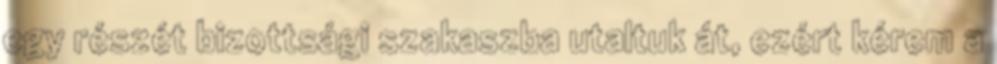
egy részét bizottsági szakaszba utaltuk át, ezért kérem a